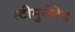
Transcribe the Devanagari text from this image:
स्टीमुलेटेड